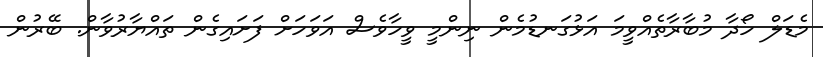
މެޑަލް ހޯދާ މުބާރާތެއްވީމަ އަޅުގަނޑުމެން ނިންމީ ވީހާވެސް އަވަހަށް ފަށައިގެން ތައްޔާރުވާން. ބޭރުން